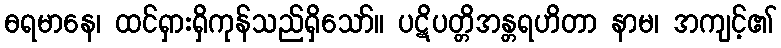
ဓရမာနေ၊ ထင်ရှားရှိကုန်သည်ရှိသော်။ ပဋိပတ္တိအန္တရဟိတာ နာမ၊ အကျင့်၏